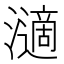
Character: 𤁷